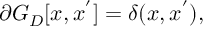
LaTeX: \partial G _ { D } [ x , x ^ { ' } ] = \delta ( x , x ^ { ' } ) ,